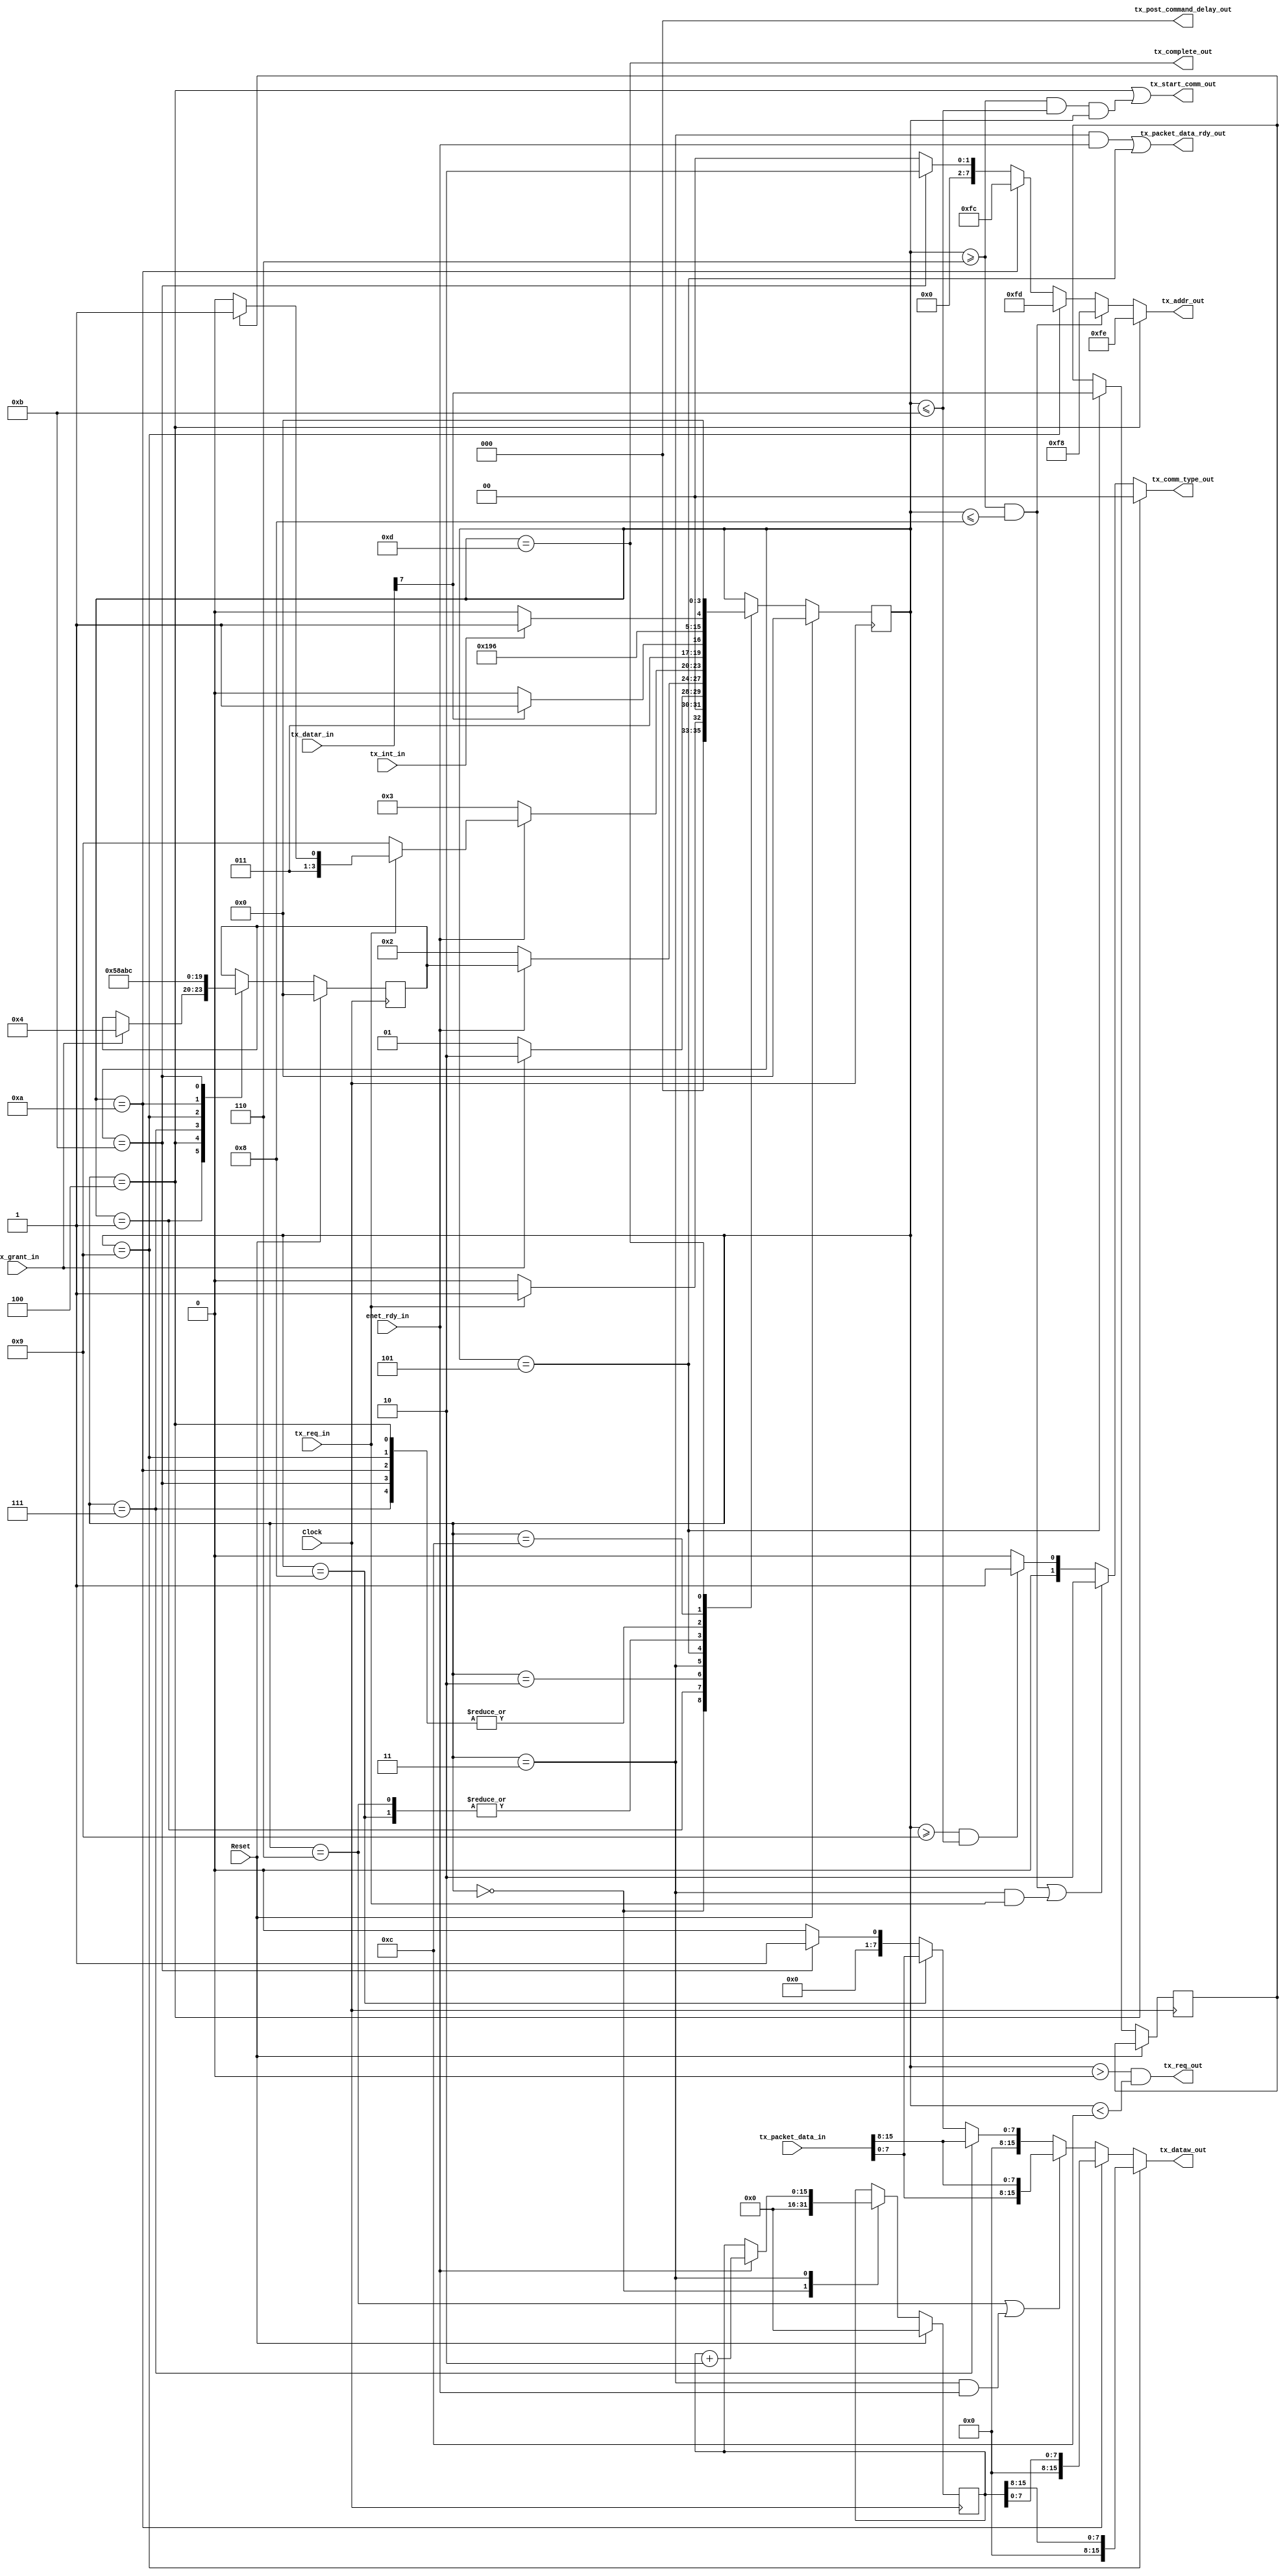
module TXController (
	input Clock,
	input Reset,
		
	input enet_rdy_in,								/* signal from ethernet controller */
	input tx_int_in,									/* interrupt signal */
		
	input 			tx_grant_in,					/* signal from arbitrator */
		
	input		 		tx_req_in,						/* req from user */
	output 			tx_req_out,						/* signal to arbitrator */
	output [7:0] 	tx_addr_out,					/* addt to ethernet controller */
	output [15:0]	tx_dataw_out,					/* dataw to ethernet controller, not used yet */
	input  [15:0]	tx_datar_in,					/* datar from ethernet controller */
	output [2:0]	tx_post_command_delay_out,	
	output 			tx_start_comm_out,			/* start_comm to ethernet controller */
	output [1:0]	tx_comm_type_out,
	input  [15:0]  tx_packet_data_in,
	output 			tx_packet_data_rdy_out,		/* Signals to load next packet data */
		
	output 			tx_complete_out
);

/******** Combinational Logic ********/
assign tx_req_out			= (state > waiting && state < wait_tx_success);
assign tx_addr_out		= (state == read_io_mode) 						? 8'hFE :
									(state >= write_tx_data && state <= write_tx_data_low_byte) ? 8'hF8 :
									(state == write_tx_length_high_byte) 	? 8'hFD :
									(state == write_tx_length_low_byte)  	? 8'hFC :
									(state == start_tx)						 	? 8'h02 : 8'h00;
assign tx_dataw_out		= (state == write_tx_length_high_byte) ? {8'b0, tx_length[15:8]} 				:
									(state == write_tx_length_low_byte) ? {8'b0, tx_length[7:0]}  				:
									(state == write_tx_data | ((state == wait_tx_data) & enet_rdy_in)) ? {tx_packet_data_in[7:0], tx_packet_data_in[15:8]} :
									(state == write_tx_data_high_byte)  ? {8'b0, tx_packet_data_in[15:8]} 	:
									(state == write_tx_data_low_byte)   ? {8'b0, tx_packet_data_in[7:0]}  	:
									(state == start_tx)						? {8'b0, 8'h01} 							: 16'b0;
assign tx_post_command_delay_out	= NO_DELAY;
assign tx_start_comm_out= (state == read_io_mode) || (state >= write_tx_data && state <= start_tx && state);
assign tx_comm_type_out = (state == read_io_mode) 			? COMMAND_READ	:
									((state >= write_tx_data && state <= write_tx_data_low_byte) || ((state == wait_tx_data) & tx_req_in)) ? COMMAND_TX	:
									(state >= write_tx_length_high_byte && state <= start_tx)   ? COMMAND_WRITE : 2'b0;
									
assign tx_packet_data_rdy_out = ((state == wait_tx_data) && enet_rdy_in) || state == read_io_mode_finish;

assign tx_complete_out 	= (state == tx_success);


/* state machine states */
parameter 	waiting=4'd0, wait_for_grant=4'd1, wait_for_enet_rdy=4'd2,
				wait_tx_data=4'd3, read_io_mode=4'd4, read_io_mode_finish=4'd5,
				write_tx_data=4'd6, write_tx_data_high_byte=4'd7, write_tx_data_low_byte=4'd8,
				write_tx_length_high_byte=4'd9, write_tx_length_low_byte=4'd10, start_tx=4'd11,
				wait_tx_success=4'd12, tx_success=4'd13;
				
/* Macros */
parameter IO_MODE_8=1'b1, IO_MODE_16=1'b0;
parameter COMMAND_READ = 2'd0, COMMAND_WRITE = 2'd1, COMMAND_TX = 2'd2, COMMAND_RX = 2'd3;
parameter NO_DELAY = 3'd0, STD_DELAY = 3'd1, LONG_DELAY = 3'd2;

reg [3:0] state;
reg [3:0] state_after_wait;
reg [15:0] tx_length;
reg io_mode;

always@(posedge Clock) begin
	if (Reset) begin
		state <= 4'd0;
		state_after_wait <= 4'd0;
		tx_length <= 16'd0;
	end
	else begin		
		case (state)
		waiting: begin
			tx_length <= 16'd0;
			if (tx_req_in) begin
				state <= wait_for_grant;
			end
			else begin
				state <= waiting;
			end
		end
		
		wait_for_grant: begin
			if (tx_grant_in) begin
				state <= wait_for_enet_rdy;
				state_after_wait <= read_io_mode;
			end 
			else begin
				state <= wait_for_grant;
			end
		end
		
		/* Use this generic state to wait for EthernetController to finish command */
		wait_for_enet_rdy: begin
			if (enet_rdy_in) begin
				state <= state_after_wait;
			end
			else begin
				state <= wait_for_enet_rdy;
			end
		end
		
		wait_tx_data: begin			
			if (enet_rdy_in) begin
				/* increment length by 2 bytes */
				tx_length <= tx_length + 16'd2;
				
				/* is user still requesting to tx more data? */
				if (tx_req_in) begin
					state <= io_mode == IO_MODE_16 ? write_tx_data : write_tx_data_high_byte;
				end
				else begin
					state <= write_tx_length_high_byte;
				end
			end
			else begin
				state <= wait_tx_data;
			end
		end
		
		read_io_mode: begin
			state <= wait_for_enet_rdy;
			state_after_wait <= read_io_mode_finish;
		end
		
		read_io_mode_finish: begin
			io_mode <= tx_datar_in[7];
			
			if (tx_datar_in[7] == IO_MODE_16) begin
				state <= write_tx_data;
			end
			else begin
				state <= write_tx_data_high_byte;
			end
		end
		
		/* Write data to reg F8 */
		write_tx_data: begin
			state <= wait_tx_data;
		end
		
		write_tx_data_high_byte: begin
			state <= wait_for_enet_rdy;
			state_after_wait <= write_tx_data_low_byte;
		end
		
		write_tx_data_low_byte: begin
			state <= wait_tx_data;
		end
		
		write_tx_length_high_byte: begin
			state <= wait_for_enet_rdy;
			state_after_wait <= write_tx_length_low_byte;
		end
		
		write_tx_length_low_byte: begin
			state <= wait_for_enet_rdy;
			state_after_wait <= start_tx;
		end
		
		/* write 0x01 to reg 0x02 to signal start of transmission */
		start_tx: begin
			state <= wait_for_enet_rdy;
			state_after_wait <= wait_tx_success;
		end
		
		/* Wait for TX Interrupt */
		wait_tx_success: begin
			if (tx_int_in) 
				state <= tx_success;
			else
				state <= wait_tx_success;
		end
		
		tx_success: begin
			state <= waiting;
		end
		endcase
	end
end
endmodule